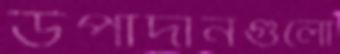
উপাদানগুলো